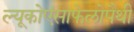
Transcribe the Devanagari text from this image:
ल्यूकोएंसाफेलोपैथी